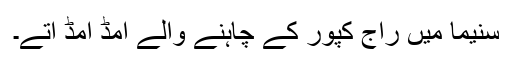
سنیما میں راج کپور کے چاہنے والے امڈ امڈ آتے۔